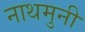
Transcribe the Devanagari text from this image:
नाथमुनी